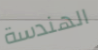
الهندسة